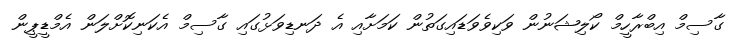
ގާސިމް އިބްރާހީމް ކޯލިޝަނުން ވަކިވެވަޑައިގަތުން ކަމަށާއި އެ ދަނޑިވަޅުގައި ގާސިމް އެކަނިކޮށްލަން އެމްޑީޕީން